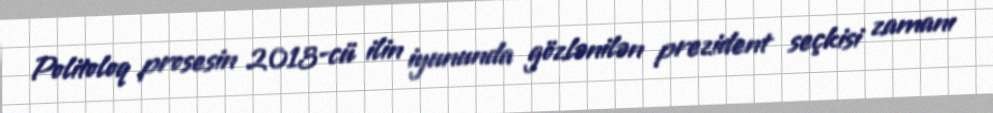
Politoloq prosesin 2013-cü ilin iyununda gözlənilən prezident seçkisi zamanı